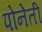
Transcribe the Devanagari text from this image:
पोनेती